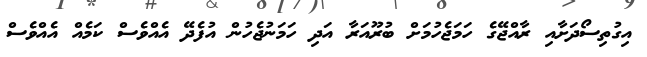
އިގުތިސޯދަށާއި ރާއްޖޭގެ ހަމަޖެހުމަށް ބުރޫއަރާ އަދި ހަމަނުޖެހުން އުފެދޭ އެއްވެސް ކަމެއް އެއްވެސް